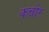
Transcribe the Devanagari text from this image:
कन्नोर